Annual report of the Punjab Veterinary College and of the Civil Veterinary Department, Punjab - 1920-1925
Year: 1920
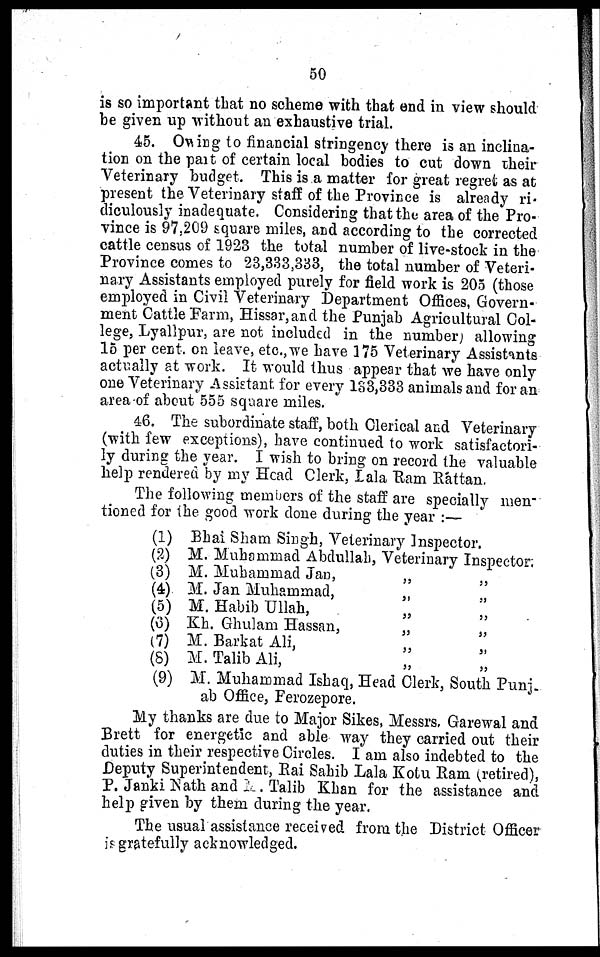
50
is so important that no scheme with that end in view should
be given up without an exhaustive trial.
45. Owing to financial stringency there is an inclina-
tion on the part of certain local bodies to cut down their
Veterinary budget. This is a matter for great regret as at
present the Veterinary staff of the Province is already ri-
diculously inadequate. Considering that the area of the Pro-
vince is 97,209 square miles, and according to the corrected
cattle census of 1923 the total number of live-stock in the
Province comes to 23,333,333, the total number of Veteri-
nary Assistants employed purely for field work is 205 (those
employed in Civil Veterinary Department Offices, Govern-
ment Cattle Farm, Hissar, and the Punjab Agricultural Col-
lege, Lyallpur, are not included in the number) allowing
15 per cent. on leave, etc., we have 175 Veterinary Assistants
actually at work. It would thus appear that we have only
one Veterinary Assistant for every 133,333 animals and for an
area of about 555 square miles.
46. The subordinate staff, both Clerical and Veterinary
(with few exceptions), have continued to work satisfactori-
ly during the year. I wish to bring on record the valuable
help rendered by my Head Clerk, Lala Ram Rattan.
The following members of the staff are specially men-
tioned for the good work done during the year :—
(1)
(2)
(3)
(4)
(5)
(6)
(7)
(8)
(9)
Bhai Sham Singh, Veterinary Inspector.
M. Muhammad Abdullah, Veterinary Inspector.
M. Muhammad Jan,
„
„
M. Jan Muhammad,
„
„
M. Habib Ullah,
„
„
Kh. Ghulam Hassan,
„
„
M. Barkat Ali,
„
„
M. Talib Ali, „ „
M. Muhammad Ishaq, Head Clerk, South Punj-
ab Office, Ferozepore.
My thanks are due to Major Sikes, Messrs, Garewal and
Brett for energetic and able way they carried out their
duties in their respective Circles. I am also indebted to the
Deputy Superintendent, Rai Sahib Lala Kotu Ram (retired),
P. Janki Nath and and M. Talib Khan for the assistance and
help given by them during the year.
The usual assistance received from the District Officer
is gratefully acknowledged.